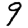
Digit: 9